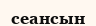
сеансын